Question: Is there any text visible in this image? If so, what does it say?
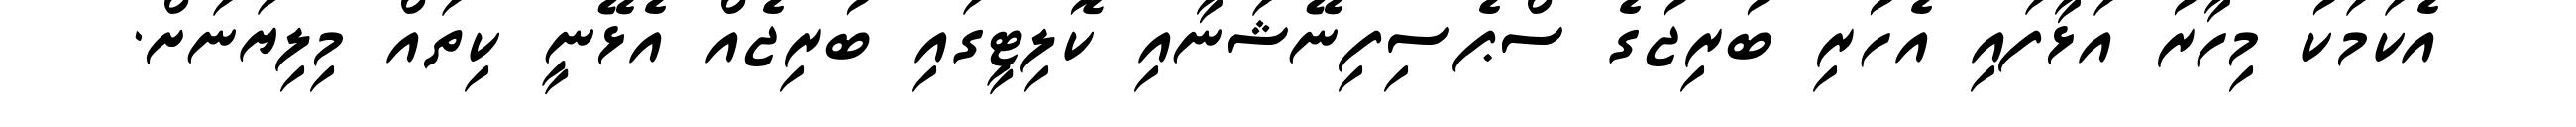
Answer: އެކަމަކު މިހާރު އަޅާފައި އެހުރި ބުރިޖުގެ ސްޕެސިފިނޭޝަނާއި ކޮލިޓީގައި ބުރިޖެއް އެޅޭނީ ކިތައް މިލިޔަނަށް.